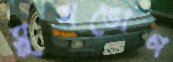
সুখভোগ